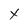
Character: X